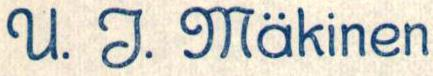
U. J. Mäkinen